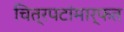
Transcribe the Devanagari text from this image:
चित्रपटांमार्फत